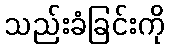
သည်းခံခြင်းကို